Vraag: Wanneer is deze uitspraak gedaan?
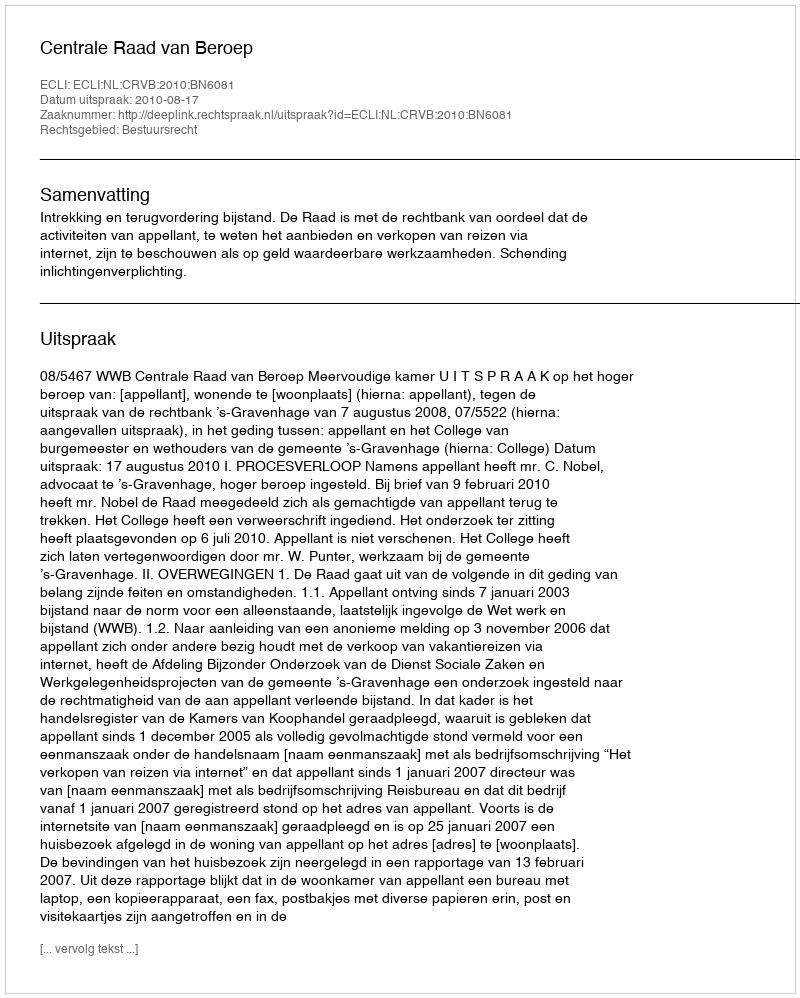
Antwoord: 2010-08-17